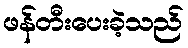
ဖန်တီးပေးခဲ့သည်